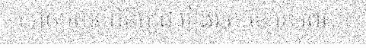
ទៅឲ្យពេទ្យពិនិត្យជារៀងរាល់ខែ នៅពេល